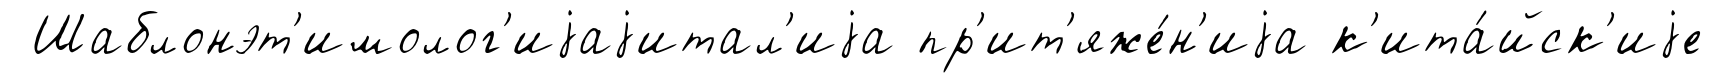
Шаблонэт'имолог'иjаjитал'иjа пр'ит'яже́н'иjа к'ита́йск'иjе